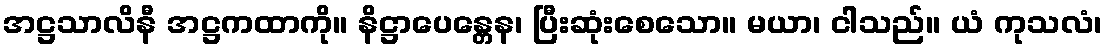
အဋ္ဌသာလိနီ အဋ္ဌကထာကို။ နိဋ္ဌာပေန္တေန၊ ပြီးဆုံးစေသော။ မယာ၊ ငါသည်။ ယံ ကုသလံ၊